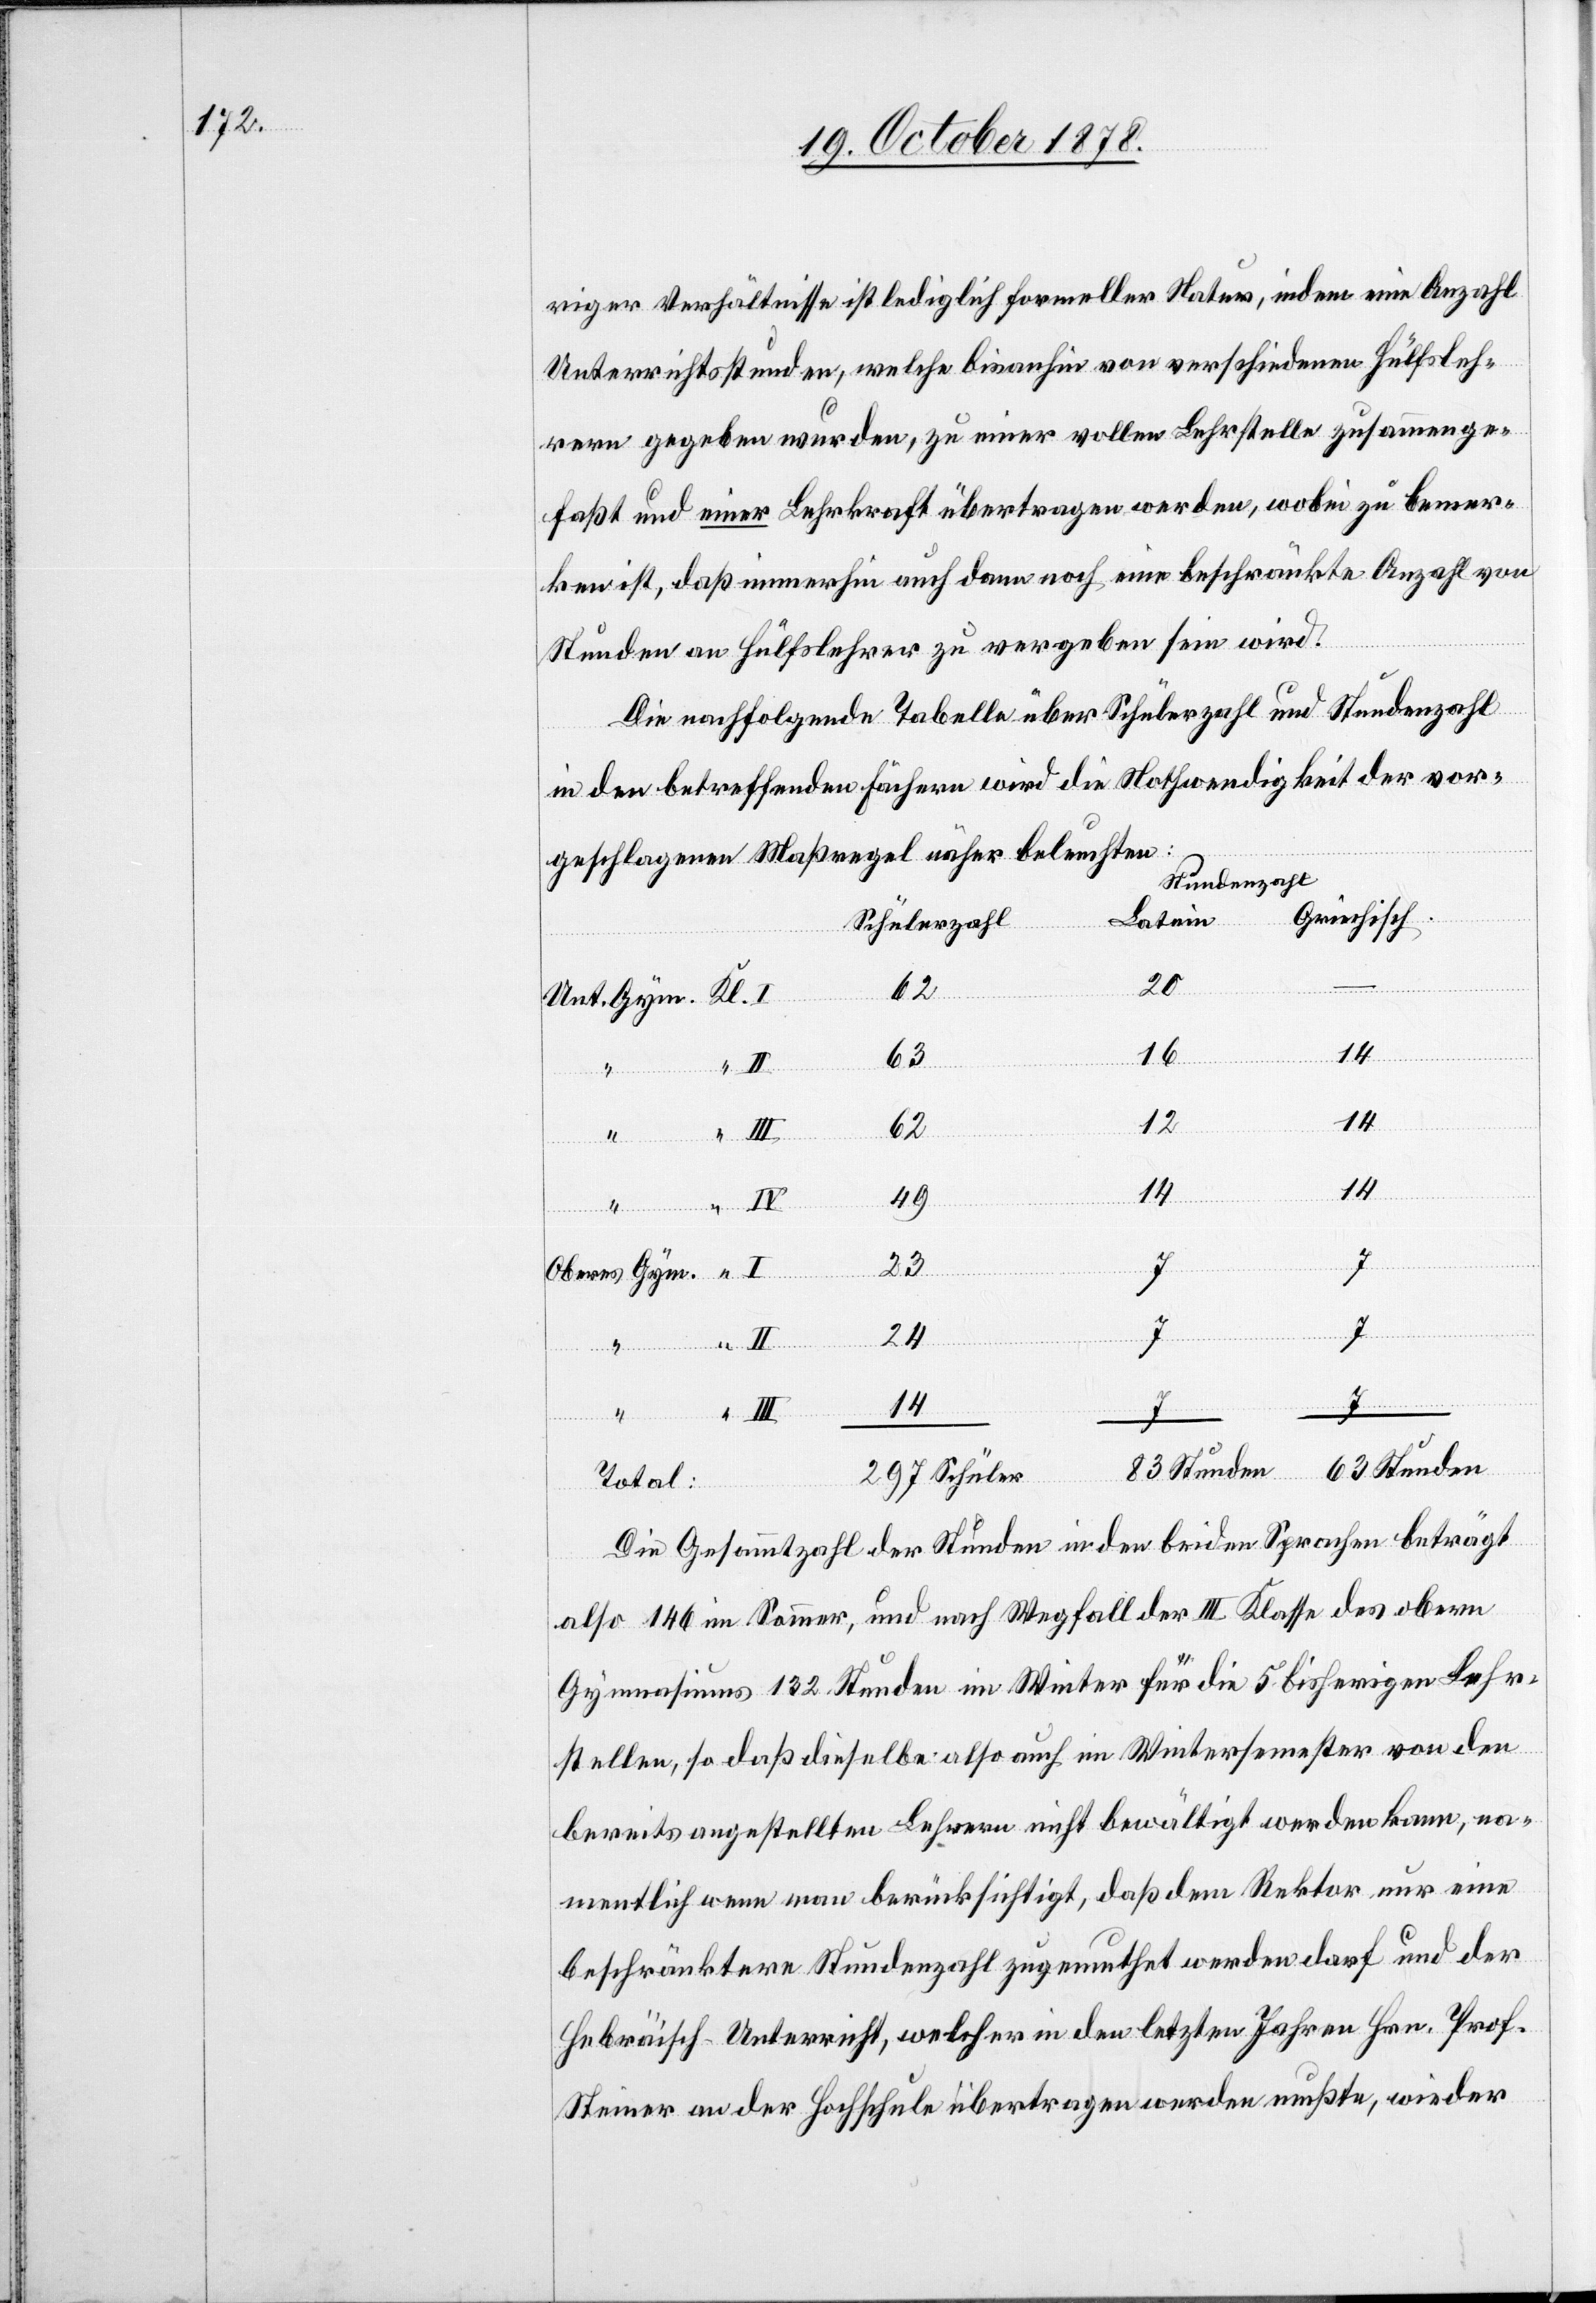
riger Verhältnisse ist lediglich formeller Natur, indem eine Anzahl
Unterrichtsstunden, welche bisanhin von verschiedenen Hülfsleh¬
rern gegeben wurden, zu einer vollen Lehrstelle zusammenge¬
fasst und einer Lehrkraft übertragen werde, wobei zu bemer¬
ken ist, daß immerhin auch dann noch eine beschränkte Anzahl von
Stunden an Hülfslehrer zu vergeben sein wird.
Die nachfolgende Tabelle über Schülerzahl und Stundenzahl
in den betreffenden Fächern wird die Nothwendigkeit der vor¬
geschlagenen Maßregel näher beleuchten:
Stundenzahl
Griechisch
Latein
Schülerzahl
297
83
16
63
14
12
62
49
“
23
7
Oberes Gym.
24
unden
“
14
St¬
Die Gesammtzahl der Stunden in den beiden Sprachen beträgt
also 146 im Sommer, und nach Wegfall der III. Klasse des obern
Gymnasiums 132 Stunden im Winter für die 5 bisherigen Lehr¬
stellen, so daß dieselbe also auch im Wintersemester von den
bereits angestellten Lehrern nicht bewältigt werden kann, na¬
mentlich wenn man berücksichtigt, daß dem Rektor nur eine
beschränktere Stundenzahl zugemuthet werden darf und der
Hebräisch-Unterricht, welcher in den letzten Jahren Hrn. Prof.
Steiner an der Hochschule übertragen werden mußte, wieder